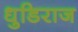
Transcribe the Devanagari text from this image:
धुडिराज